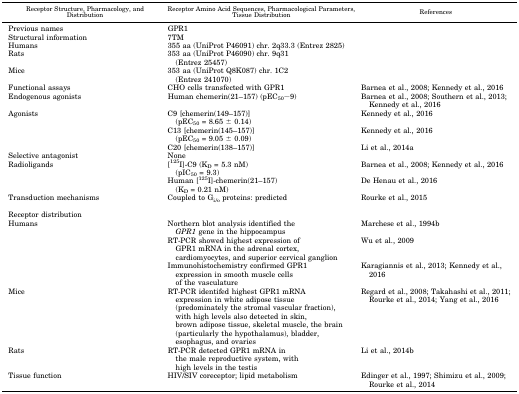
| Receptor Structure, Pharmacology, and Distribution | Receptor Amino Acid Sequences, Pharmacological Parameters, Tissue Distribution | References |
 | --- | --- | --- |
 | Previous names | GPR1 |  |
 | Structural information | 7TM |  |
 | Humans | 355 aa (UniProt P46091) chr. 2q33.3 (Entrez 2825) |  |
 | Rats | 353 aa (UniProt P46090) chr. 9q31 (Entrez 25457) |  |
 | Mice | 353 aa (UniProt Q8K087) chr. 1C2 (Entrez 241070) |  |
 | Functional assays | CHO cells transfected with GPR1 | Barnea et al., 2008; Kennedy et al., 2016 |
 | Endogenous agonists | Human chemerin(21–157) (pEC50∼9) | Barnea et al., 2008; Southern et al., 2013; Kennedy et al., 2016 |
 | Agonists | C9 [chemerin(149–157)] (pEC50 = 8.65 ± 0.14) | Kennedy et al., 2016 |
 | <ROWSPAN=2>  | C13 [chemerin(145–157)] (pEC50 = 9.05 ± 0.09) | Kennedy et al., 2016 |
 | C20 [chemerin(138–157)] | Li et al., 2014a |
 | Selective antagonist | None |  |
 | Radioligands | [125I]-C9 (KD = 5.3 nM) (pIC50 = 9.3) | Barnea et al., 2008; Kennedy et al., 2016 |
 |  | Human [125I]-chemerin(21–157) (KD = 0.21 nM) | De Henau et al., 2016 |
 | Transduction mechanisms | Coupled to Gi/o proteins: predicted | Rourke et al., 2015 |
 | Receptor distribution |  |  |
 | <ROWSPAN=3> Humans | Northern blot analysis identified the GPR1 gene in the hippocampus | Marchese et al., 1994b |
 | RT-PCR showed highest expression of GPR1 mRNA in the adrenal cortex, cardiomyocytes, and superior cervical ganglion | Wu et al., 2009 |
 | Immunohistochemistry confirmed GPR1 expression in smooth muscle cells of the vasculature | Karagiannis et al., 2013; Kennedy et al., 2016 |
 | Mice | RT-PCR identifed highest GPR1 mRNA expression in white adipose tissue (predominately the stromal vascular fraction), with high levels also detected in skin, brown adipose tissue, skeletal muscle, the brain (particularly the hypothalamus), bladder, esophagus, and ovaries | Regard et al., 2008; Takahashi et al., 2011; Rourke et al., 2014; Yang et al., 2016 |
 | Rats | RT-PCR detected GPR1 mRNA in the male reproductive system, with high levels in the testis | Li et al., 2014b |
 | Tissue function | HIV/SIV coreceptor; lipid metabolism | Edinger et al., 1997; Shimizu et al., 2009; Rourke et al., 2014 |